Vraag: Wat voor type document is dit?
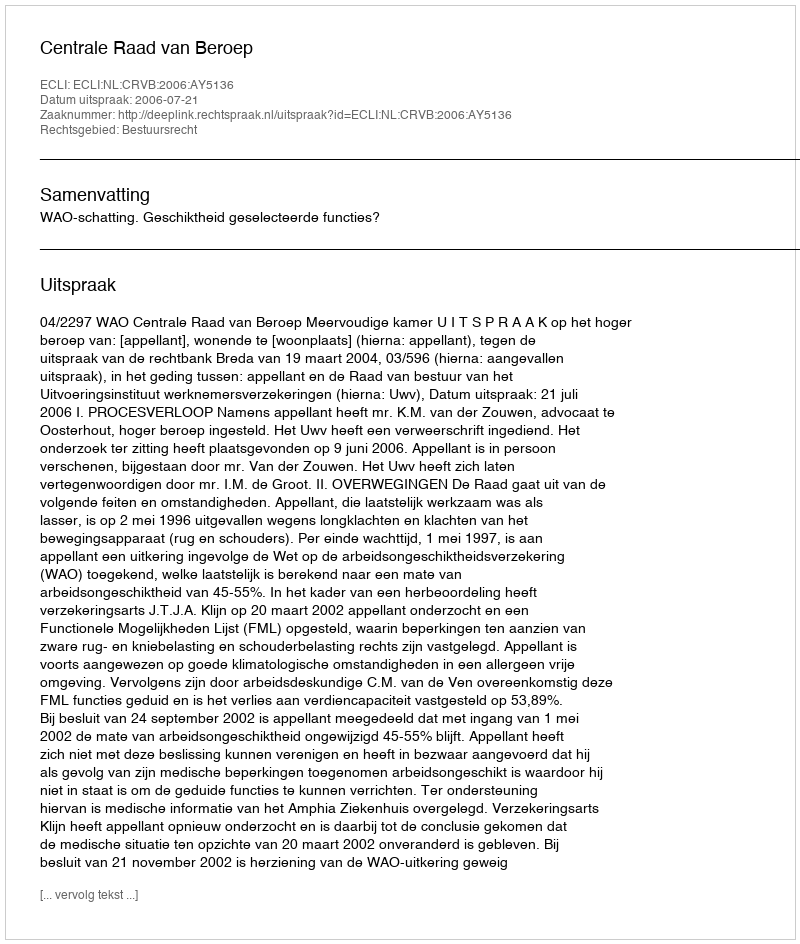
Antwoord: Uitspraak